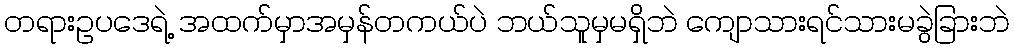
တရားဥပဒေရဲ့ အထက်မှာအမှန်တကယ်ပဲ ဘယ်သူမှမရှိဘဲ ကျောသားရင်သားမခွဲခြားဘဲ